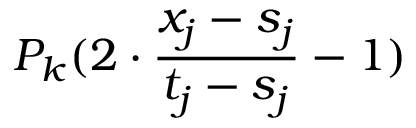
P _ { k } ( 2 \cdot \frac { x _ { j } - s _ { j } } { t _ { j } - s _ { j } } - 1 )